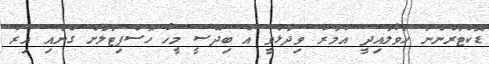
ޑޮކްޓަރުންނާ ހަވާލައިދީ އުމަރު ވިދާޅުވީ އެ ބިދޭސީ މީހާ ހޮސްޕިޓަލަށް ގެނައި އިރު